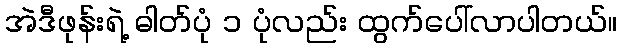
အဲဒီဖုန်းရဲ့ ဓါတ်ပုံ ၁ ပုံလည်း ထွက်ပေါ်လာပါတယ်။